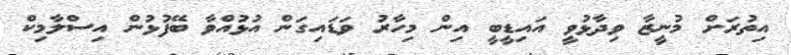
އިތުރަށް މުނީޒާ ވިދާޅުވީ އައިޑީބީ އިން މިހާރު ވަޑައިގަން އުޅުއްވާ ބޭފުޅުން އިސްލާމިކް